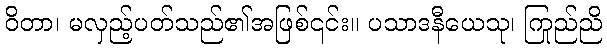
ဝိတာ၊ မလှည့်ပတ်သည်၏အဖြစ်၎င်း။ ပသာဒနီယေသု၊ ကြည်ညို